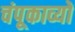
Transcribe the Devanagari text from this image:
चंपूकाव्यों